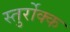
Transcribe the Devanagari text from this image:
स्तुर्रोक्क